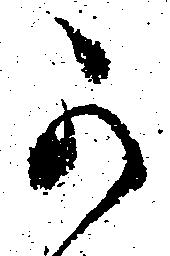
可